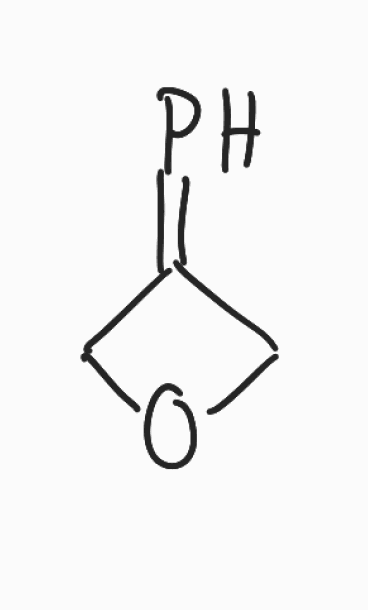
Simplified molecular-input line-entry system (SMILES) notation of the given molecule:
C1C(=P)CO1